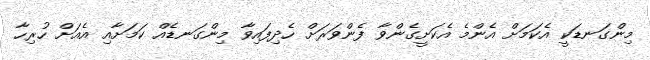
މިންގަނޑަކީ އެކަމަށް އެންމެ އެކަށީގެންވާ ފެންވަރަށް ހެދިފައިވާ މިންގަނޑެއް ކަމަށާއި އެއަށް ހުރިހާ